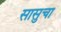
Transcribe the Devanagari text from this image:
सासुचा